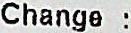
CHANGE :